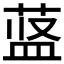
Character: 𱽷